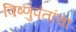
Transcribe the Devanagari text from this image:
विष्णुपंतांचा